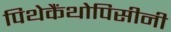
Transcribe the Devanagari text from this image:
पिथेकैंथोपिसीनी